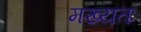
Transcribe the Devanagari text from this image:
मख्यतः